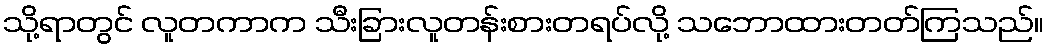
သို့ရာတွင် လူတကာက သီးခြားလူတန်းစားတရပ်လို့ သဘောထားတတ်ကြသည်။